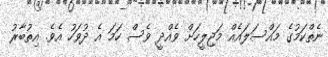
ނެތްކަމުގެ މައްސަލައެއް މަޖިލީހަށް ވެއްދީ ވެސް ހަމަ އެ ދުވަހު އެވެ. އިތުބާރު